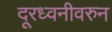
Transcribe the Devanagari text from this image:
दूरध्वनीवरुन